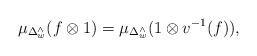
LaTeX: \begin{align*}\mu_{\Delta^\wedge_w}(f \otimes 1) = \mu_{\Delta^\wedge_w}(1 \otimes v^{-1}(f)),\end{align*}